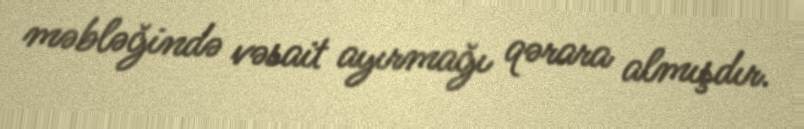
məbləğində vəsait ayırmağı qərara almışdır.